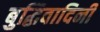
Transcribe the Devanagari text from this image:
बुद्धिवादिनी